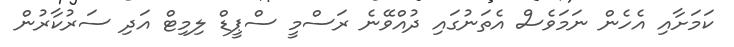
ކަމަށާއި އެހެން ނަމަވެސް އެތަނުގައި ދުއްވޭނެ ރަސްމީ ސްޕީޑް ލިމިޓް އަދި ސަރުކާރުން